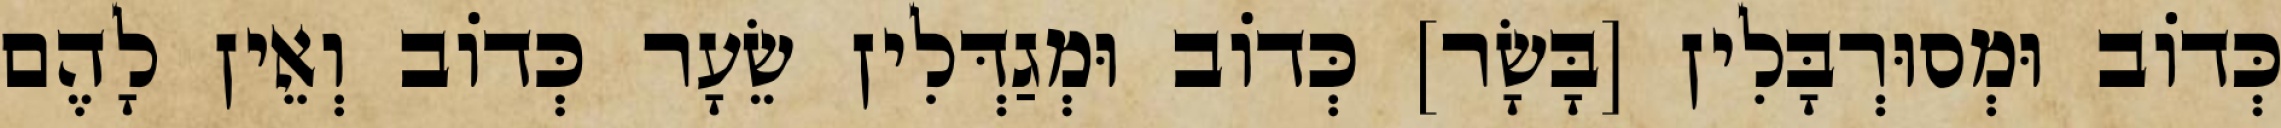
כְּדוֹב וּמְסוּרְבָּלִין [בָּשָׂר] כְּדוֹב וּמְגַדְּלִין שֵׂעָר כְּדוֹב וְאֵין לָהֶם